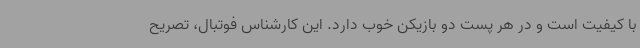
با کیفیت است و در هر پست دو بازیکن خوب دارد. این کارشناس فوتبال، تصریح